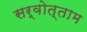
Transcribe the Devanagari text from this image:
सर्वोत्ताम